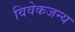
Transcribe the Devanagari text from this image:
विवेकजन्य